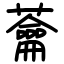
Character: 蘥